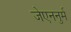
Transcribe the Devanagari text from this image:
जेएननुर्म